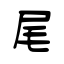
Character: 尾